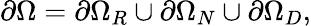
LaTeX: \partial\Omega=\partial\Omega_{R}\cup\partial\Omega_{N}\cup\partial\Omega_{D},